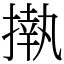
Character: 𢴇